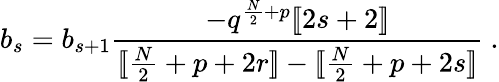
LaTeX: b_{s}=b_{s+1}{\frac{-q^{{\frac{N}{2}}+p}[\! [2s+2]\! ]}{[\! [{\frac{N}{2}}+p+2r]\! ]-[\! [{\frac{N}{2}}+p+2s]\! ]}}\ .